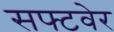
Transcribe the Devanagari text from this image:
सफ्टवेर